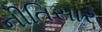
નીતિસાર